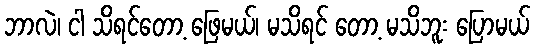
ဘာလဲ၊ ငါ သိရင်တော့ ဖြေမယ်၊ မသိရင် တော့ မသိဘူး ပြောမယ်